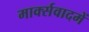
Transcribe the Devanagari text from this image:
मार्क्सवादमें